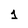
Character: 1